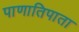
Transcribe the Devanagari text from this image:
पाणातिपाता